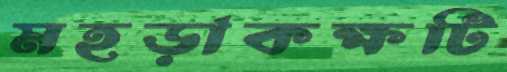
মহড়াকক্ষটি